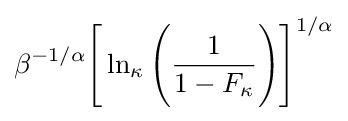
\beta ^{-1/\alpha }{\Bigg [}\ln _{\kappa }{\Bigg (}{\frac {1}{1-F_{\kappa }}}{\Bigg )}{\Bigg ]}^{1/\alpha }